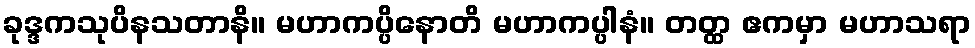
ခုဒ္ဒကသုပိနသတာနိ။ မဟာကပ္ပိနောတိ မဟာကပ္ပါနံ။ တတ္ထ ဧကမှာ မဟာသရာ